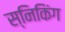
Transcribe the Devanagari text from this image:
स्निकिंग